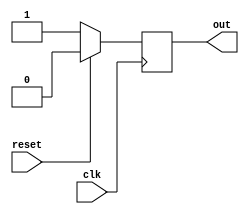
module behavior_modeling(
    input clk,
    input reset,
    output reg out
);

always @(negedge clk) begin
    // Statements to be executed on falling edge of clock signal
    if(reset) begin
        out <= 0;
    end else begin
        out <= 1;
    end
end

endmodule